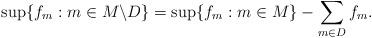
LaTeX: \begin{align*} \sup\{f_m: m\in M\backslash D \}=\sup\{f_m: m\in M\} - \sum_{m\in D} f_m.\end{align*}